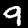
Digit: 9